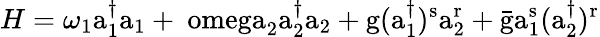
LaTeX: H=\omega_{1}\mathrm{a_{1}^{\dagger}a_{1}+\ omega_{2}\mathrm{a_{2}^{\dagger}a_{2}+\mathrm{g(a_{1}^{\dagger})^{s}a_{2}^{r}+\bar{\mathrm{g}}a_{1}^{s}(a_{2}^{\dagger})^{r}}}}